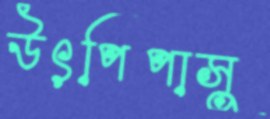
উৎপিপাসু